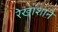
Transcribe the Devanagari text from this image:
रेखांशाने